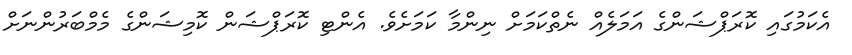
އެކަމުގައި ކޮރަޕްޝަންގެ އަމަލެއް ނެތްކަމަށް ނިންމާ ކަމަށެވެ. އެންޓި ކޮރަޕްޝަން ކޮމިޝަންގެ މެމްބަރުންނަށް